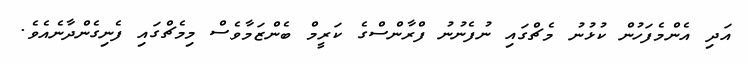
އަދި އެންމެފަހުން ކުޅުނު މެޗްގައި ނުފެނުނު ފްރާންސްގެ ކަރީމް ބެންޒަމާވެސް މިމެޗްގައި ފެނިގެންދާނެއެވެ.